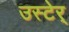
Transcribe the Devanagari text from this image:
उस्टेर्